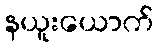
နယူးယောက်